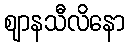
ဈာနသီလိနော